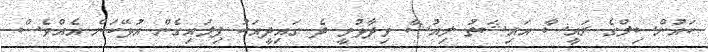
ކައުންސިލްގެ ރައީސާ އައިޝަތު ލިއުޝާ ވިދާޅުވީ ދެ ގައިދީއަކު ފިލައިގެން އުޅޭކަން އެއްވެސް